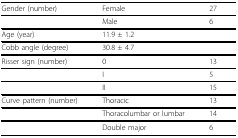
| Gender (number) | Female | 27 |
 | --- | --- | --- |
 |  | Male | 6 |
 | Age (year) | 11.9 ± 1.2 |  |
 | Cobb angle (degree) | 30.8 ± 4.7 |  |
 | Risser sign (number) | 0 | 13 |
 |  | I | 5 |
 |  | II | 15 |
 | Curve pattern (number) | Thoracic | 13 |
 |  | Thoracolumbar or lumbar | 14 |
 |  | Double major | 6 |